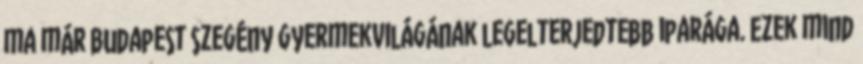
ma már Budapest szegény gyermekvilágának legelterjedtebb iparága. Ezek mind